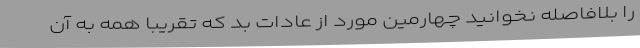
را بلافاصله نخوانید چهارمین مورد از عادات بد که تقریبا همه به آن